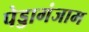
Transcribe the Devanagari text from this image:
पेड्डागंजाम